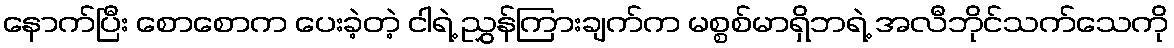
နောက်ပြီး စောစောက ပေးခဲ့တဲ့ ငါရဲ့ ညွှန်ကြားချက်က မစ္စစ်မာရှိဘရဲ့ အလီဘိုင်သက်သေကို